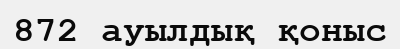
872 ауылдық қоныс